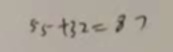
5 5 + 3 2 = 8 7